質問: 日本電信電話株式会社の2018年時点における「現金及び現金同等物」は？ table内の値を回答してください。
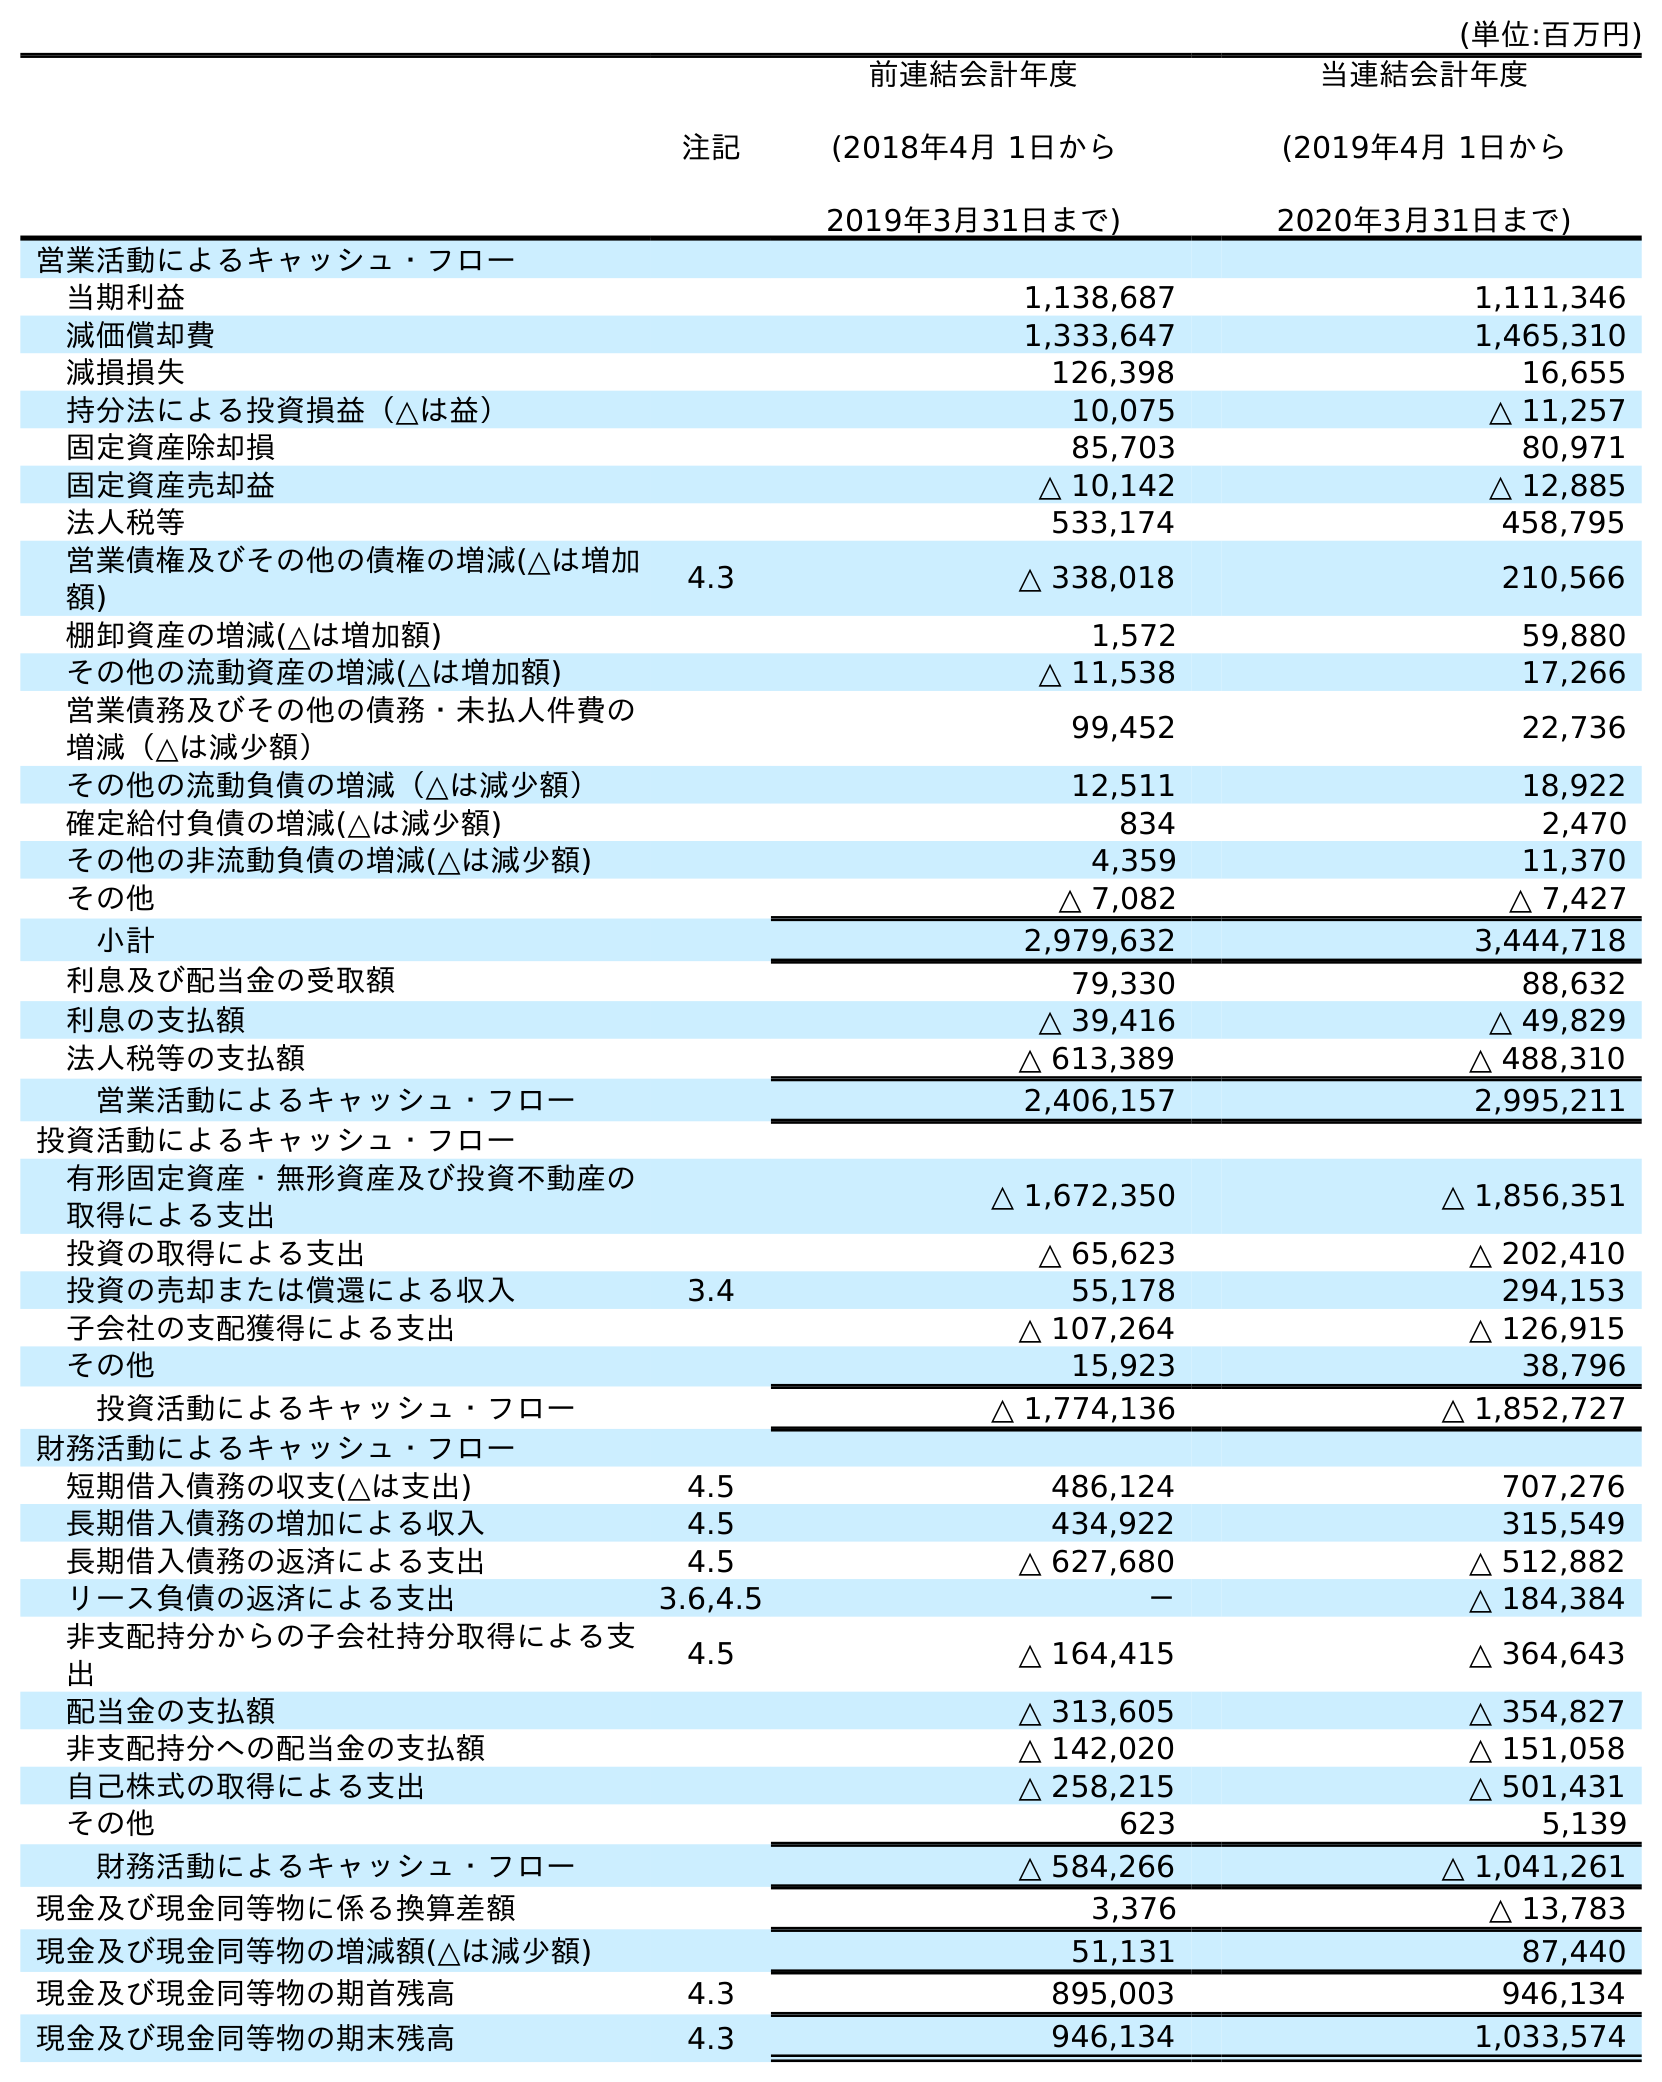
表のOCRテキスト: (単位:百万円) 注記 前連結会計年度 (2018年4月 1日から 2019年3月31日まで) 当連結会計年度 (2019年4月 1日から 2020年3月31日まで) 営業活動によるキャッシュ・フロー 当期利益 1,138,687 1,111,346 減価償却費 1,333,647 1,465,310 減損損失 126,398 16,655 持分法による投資損益（△は益） 10,075 △ 11,257 固定資産除却損 85,703 80,971 固定資産売却益 △ 10,142 △ 12,885 法人税等 533,174 458,795 営業債権及びその他の債権の増減(△は増加 額) 4.3 △ 338,018 210,566 棚卸資産の増減(△は増加額) 1,572 59,880 その他の流動資産の増減(△は増加額) △ 11,538 17,266 営業債務及びその他の債務・未払人件費の 増減（△は減少額） 99,452 22,736 その他の流動負債の増減（△は減少額） 12,511 18,922 確定給付負債の増減(△は減少額) 834 2,470 その他の非流動負債の増減(△は減少額) 4,359 11,370 その他 △ 7,082 △ 7,427 小計 2,979,632 3,444,718 利息及び配当金の受取額 79,330 88,632 利息の支払額 △ 39,416 △ 49,829 法人税等の支払額 △ 613,389 △ 488,310 営業活動によるキャッシュ・フロー 2,406,157 2,995,211 投資活動によるキャッシュ・フロー 有形固定資産・無形資産及び投資不動産の 取得による支出 △ 1,672,350 △ 1,856,351 投資の取得による支出 △ 65,623 △ 202,410 投資の売却または償還による収入 3.4 55,178 294,153 子会社の支配獲得による支出 △ 107,264 △ 126,915 その他 15,923 38,796 投資活動によるキャッシュ・フロー △ 1,774,136 △ 1,852,727 財務活動によるキャッシュ・フロー 短期借入債務の収支(△は支出) 4.5 486,124 707,276 長期借入債務の増加による収入 4.5 434,922 315,549 長期借入債務の返済による支出 4.5 △ 627,680 △ 512,882 リース負債の返済による支出 3.6,4.5 － △ 184,384 非支配持分からの子会社持分取得による支 出 4.5 △ 164,415 △ 364,643 配当金の支払額 △ 313,605 △ 354,827 非支配持分への配当金の支払額 △ 142,020 △ 151,058 自己株式の取得による支出 △ 258,215 △ 501,431 その他 623 5,139 財務活動によるキャッシュ・フロー △ 584,266 △ 1,041,261 現金及び現金同等物に係る換算差額 3,376 △ 13,783 現金及び現金同等物の増減額(△は減少額) 51,131 87,440 現金及び現金同等物の期首残高 4.3 895,003 946,134 現金及び現金同等物の期末残高 4.3 946,134 1,033,574
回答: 895,003